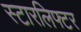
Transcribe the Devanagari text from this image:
स्टारलिफ्टर